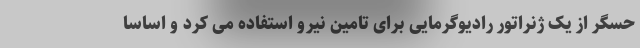
حسگر از یک ژنراتور رادیوگرمایی برای تامین نیرو استفاده می کرد و اساسا